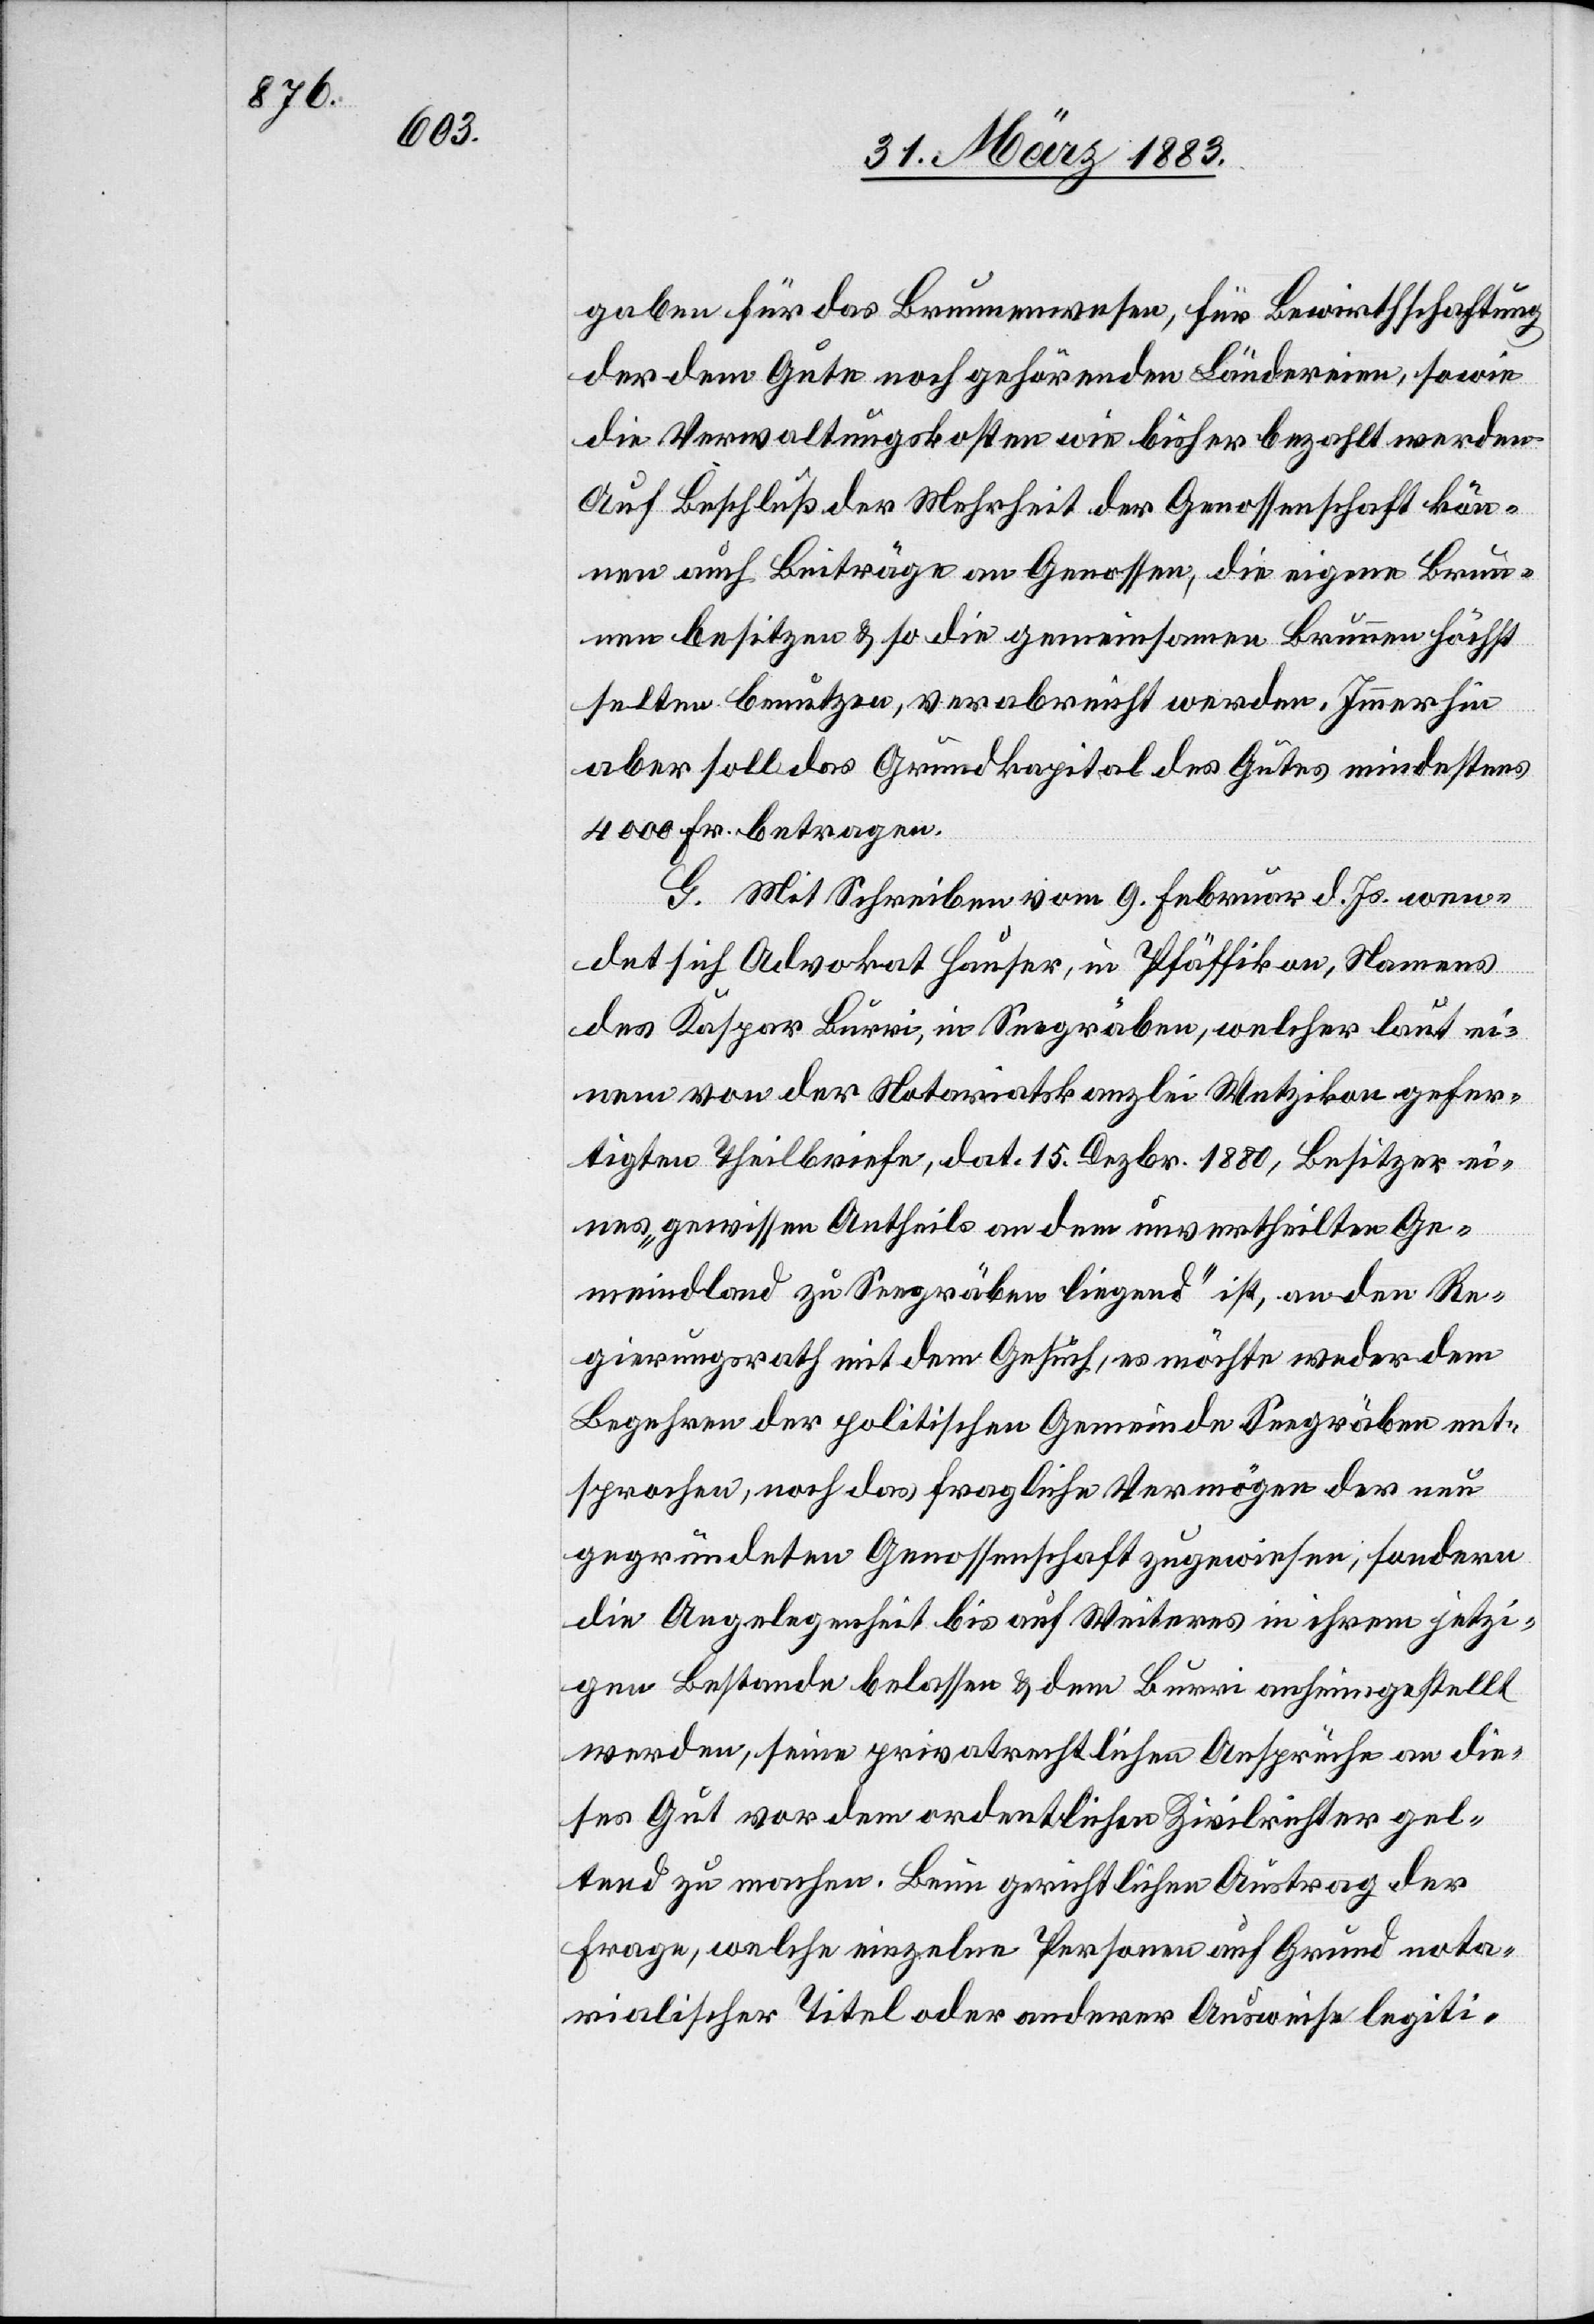
gaben für das Brunnenwesen, für Bewirthschaftung
der dem Gute noch gehörenden Ländereien, sowie
die Verwaltungskosten wie bisher bezahlt werden.
Auf Beschluß der Mehrheit der Genossenschaft kön¬
nen auch Beiträge an Genossen, die eigene Brun¬
nen besitzen & so die gemeinsamen Brunnen höchst
selten benutzen, verabreicht werden. Immerhin
aber soll das Grundkapital des Gutes mindestens
4000 Fr. betragen.
G. Mit Schreiben vom 9. Februar d. Js. wen¬
det sich Advokat Hauser, in Pfäffikon, Namens
des Kaspar Burri, in Seegräben, welcher laut ei¬
nem von der Notariatskanzlei Wetzikon gefer¬
tigten Theilbriefe, dat. 15. Dezbr. 1880, Besitzer ei¬
nes „gewissen Antheils an dem uns ertheilten Ge¬
meindland zu Seegräben liegend“ ist, an den Re¬
gierungsrath mit dem Gesuch, es möchte weder dem
Begehren der politischen Gemeinde Seegräben ent¬
sprochen, noch das fragliche Vermögen der neu
gegründeten Genossenschaft zugewiesen, sondern
die Angelegenheit bis auf Weiteres in ihrem jetzi¬
gen Bestande belassen & dem Burri anhingestellt
werden, seine privatrechtlichen Ansprüche an die¬
ses Gut vor dem ordentlichen Zivilrichter gel¬
ten zu machen. Beim gerichtlichen Austrag der
Frage, welche einzelne [sic!] Personen auf Grund nota¬
rialischer Titel oder anderer Ausweise legiti-